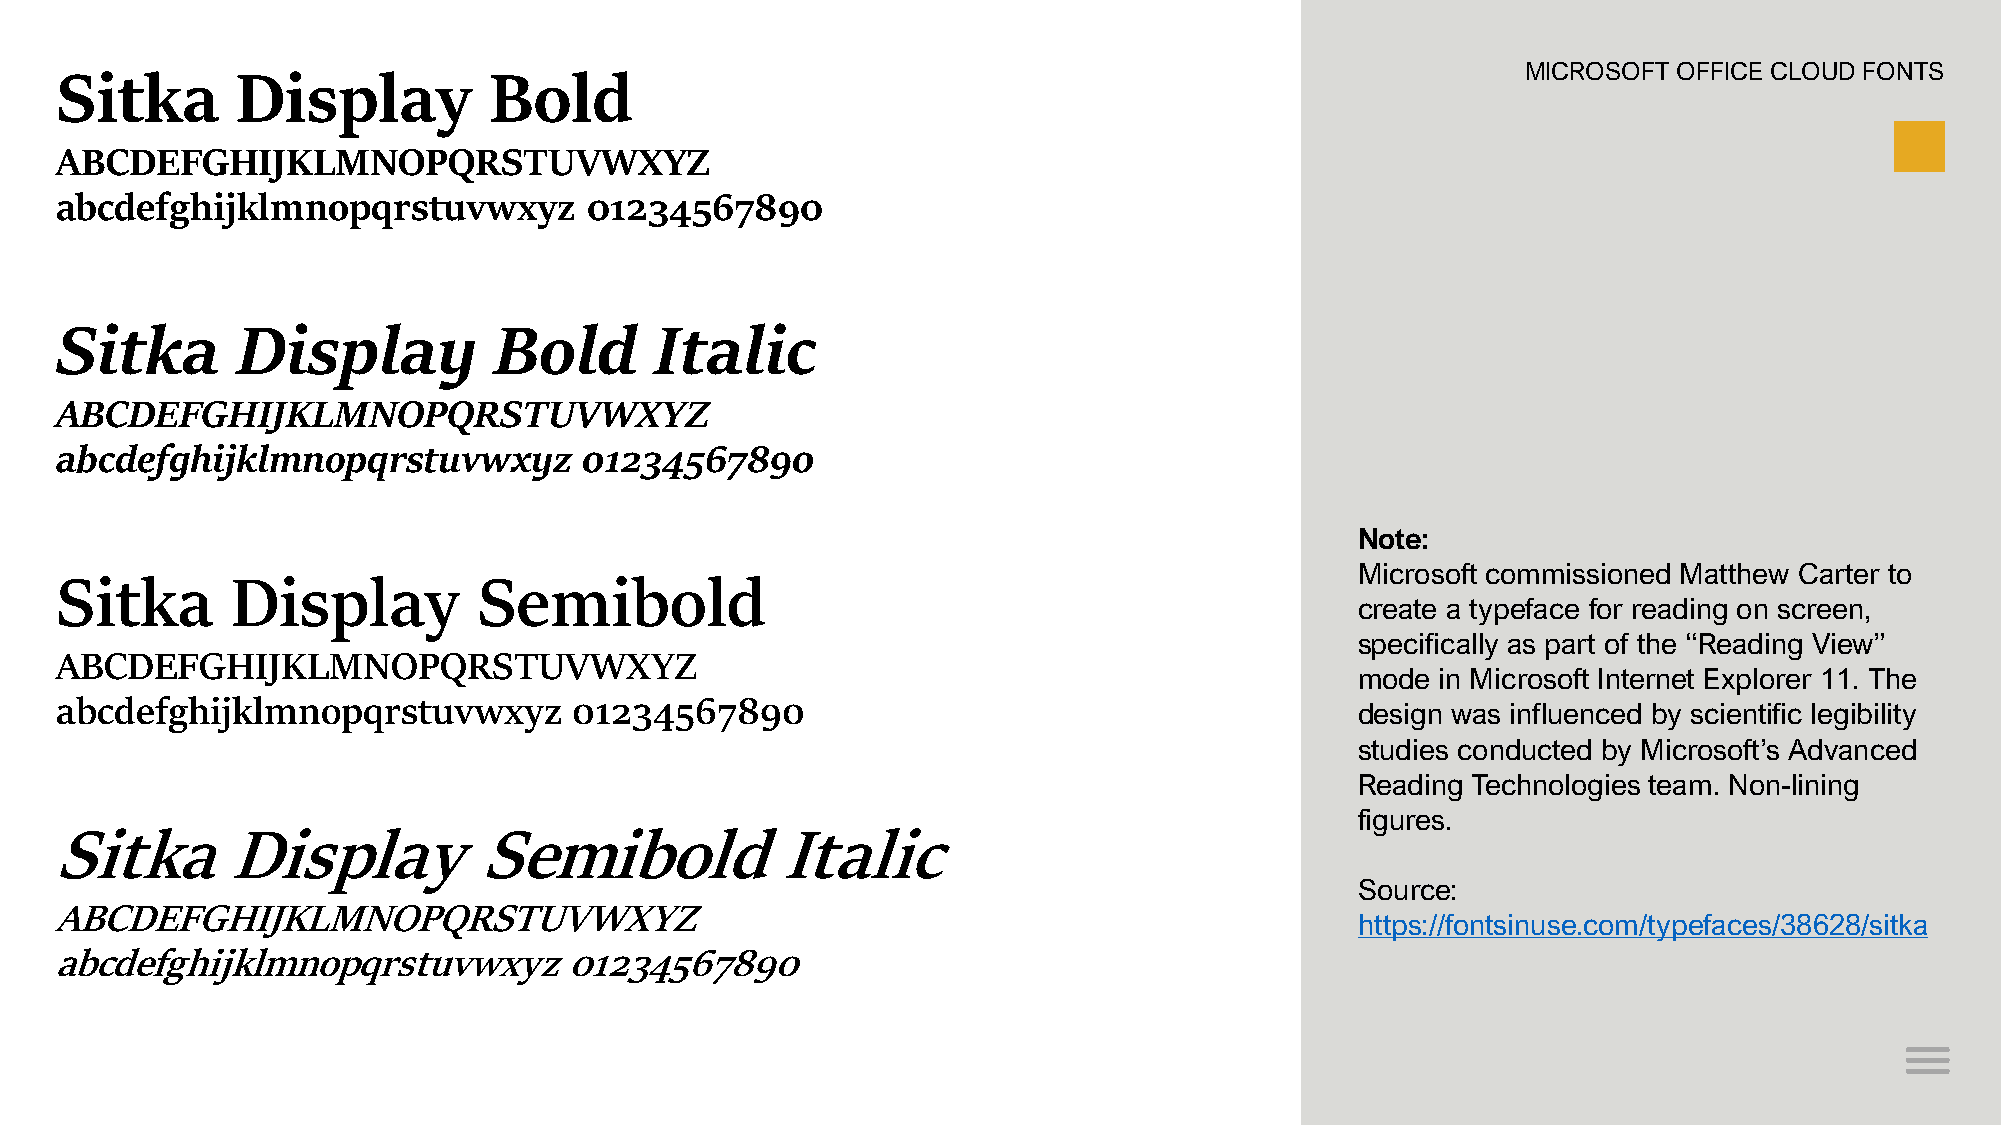
Sitka       Display         Bold                                                                 MICROSOFT OFFICE CLOUD FONTS
 ABCDEFGHIJKLMNOPQRSTUVWXYZ
 abcdefghijklmnopqrstuvwxyz         01234567890
 Sitka       Display          Bold      Italic
 ABCDEFGHIJKLMNOPQRSTUVWXYZ
 abcdefghijklmnopqrstuvwxyz         01234567890
 Note:
 Microsoft commissioned Matthew Carter to
 Sitka      Display          Semibold
 create a typeface for reading on screen,
 specifically as part of the “Reading View”
 ABCDEFGHIJKLMNOPQRSTUVWXYZ
 mode in Microsoft Internet Explorer 11. The
 abcdefghijklmnopqrstuvwxyz        01234567890
 design was influenced by scientific legibility
 studies conducted by Microsoft’s Advanced
 Reading Technologies team. Non-lining
 figures.
 Sitka       Display          Semibold           Italic
 Source:
 ABCDEFGHIJKLMNOPQRSTUVWXYZ
 https://fontsinuse.com/typefaces/38628/sitka
 abcdefghijklmnopqrstuvwxyz       01234567890